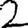
Digit: 2